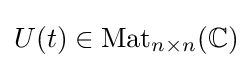
U(t)\in \operatorname {Mat} _{n\times n}(\mathbb {C} )